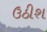
ઉઠીશ